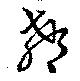
郗